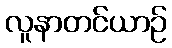
လူနာတင်ယာဉ်